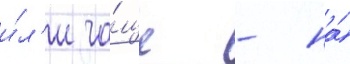
и́л'и ча́ще - на́